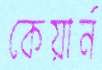
কেয়ার্ন